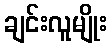
ချင်းလူမျိုး